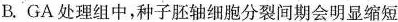
B.GA处理组中，种子胚轴细胞分裂间期会明显缩短